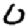
Digit: 0